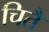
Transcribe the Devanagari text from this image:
चितै